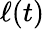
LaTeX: \ell(t)